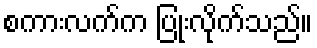
စကားလက်က ပြုံးလိုက်သည်။